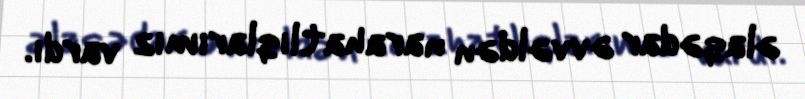
əlaqədar əvvəldən narahatlıqlarımız vardı.